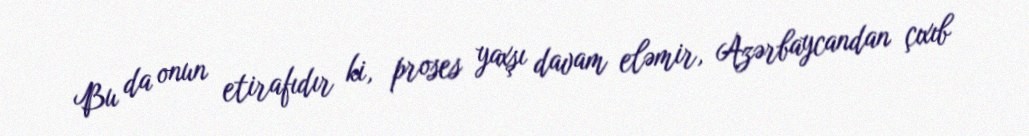
Bu da onun etirafıdır ki, proses yaxşı davam eləmir, Azərbaycandan çıxıb